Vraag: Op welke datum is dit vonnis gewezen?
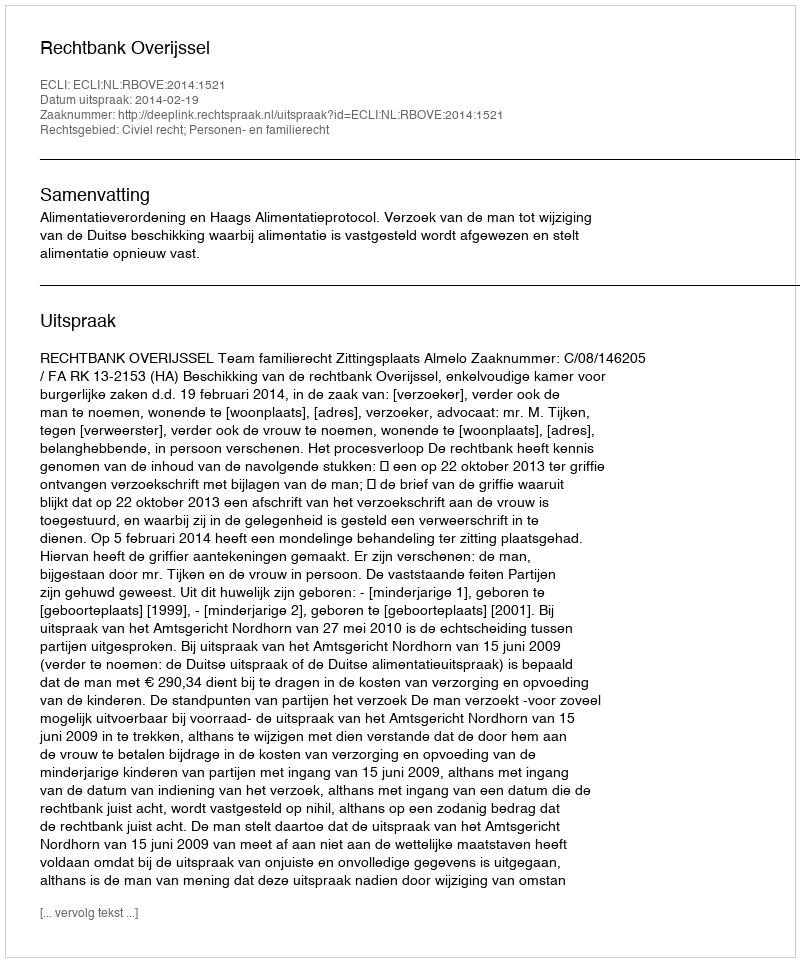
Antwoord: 2014-02-19